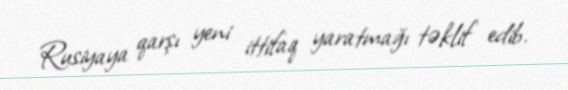
Rusiyaya qarşı yeni ittifaq yaratmağı təklif edib.